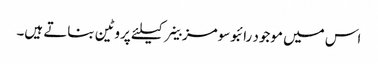
اس میں موجود رائبوسومز خلیے کیلئے پروٹین بناتے ہیں۔